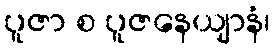
ပူဇာ စ ပူဇနေယျာနံ၊